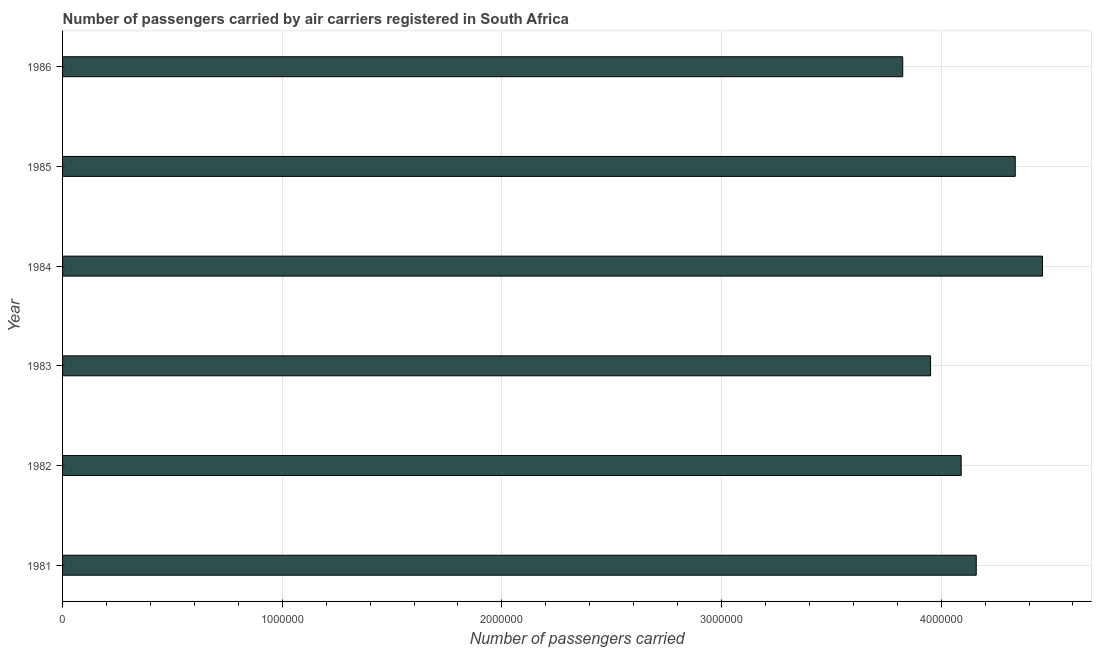
| Year | Air transport |
 | --- | --- |
 | 1981 | 4.16e+06 |
 | 1982 | 4.09e+06 |
 | 1983 | 3.95e+06 |
 | 1984 | 4.46e+06 |
 | 1985 | 4.34e+06 |
 | 1986 | 3.82e+06 |